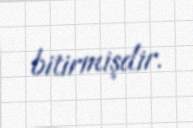
bitirmişdir.